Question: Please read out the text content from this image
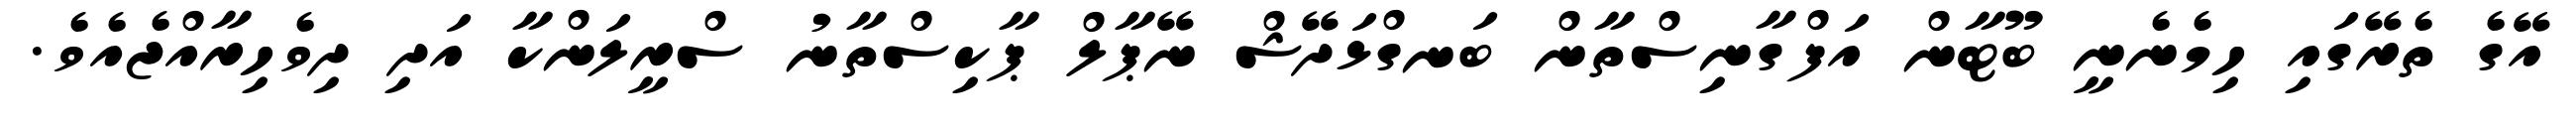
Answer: އޭގެ ތެރޭގައި ހިމެނެނީ ބޫޓާން އަފްގާނިސްތާން ބަނގްޅަދޭޝް ނޭޕާލް ޕާކިސްތާނު ސްރީލަންކާ އަދި ދިވެހިރާއްޖެއެވެ.